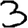
Digit: 3